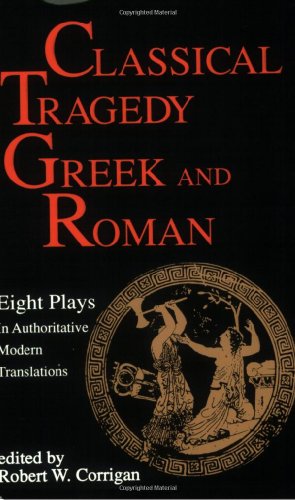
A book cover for Classical Tragedy - Greek and Roman: Eight Plays in Authoritative Modern Translations; Aeschylus; Literature & Fiction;